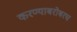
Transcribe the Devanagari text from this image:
करण्‍याबरोबरच